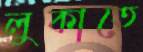
লুকাতে